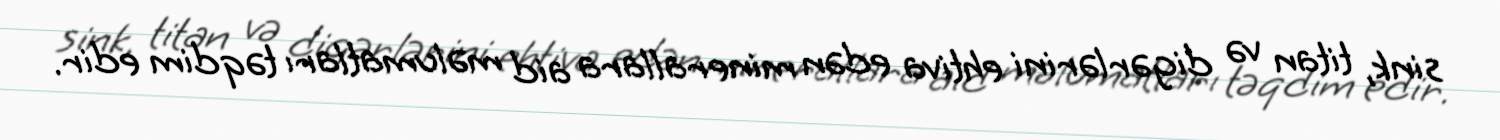
sink, titan və digərlərini ehtiva edən minerallara aid məlumatları təqdim edir.